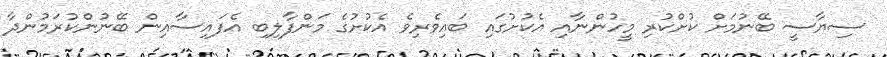
ސިޔާސީ ބޭނުމަށް ކުށްކުރި މީހުންނާއި އެކުށުގައި ބައިވެރިވެ އެކުށުގެ މަންފާލިބި އެފައިސާއިން ބޭނުންކުރަމުންދާ